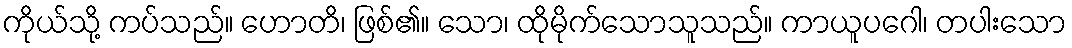
ကိုယ်သို့ ကပ်သည်။ ဟောတိ၊ ဖြစ်၏။ သော၊ ထိုမိုက်သောသူသည်။ ကာယူပဂေါ၊ တပါးသော